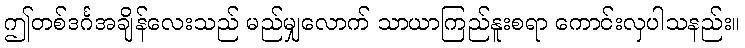
ဤတစ်ဒင်္ဂအချိန်လေးသည် မည်မျှလောက် သာယာကြည်နူးစရာ ကောင်းလှပါသနည်း။